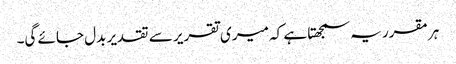
ہر مقرر یہ سمجھتا ہے کہ میری تقریر سے تقدیر بدل جائے گی۔